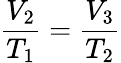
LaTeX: {\frac{V_{2}}{T_{1}}}={\frac{V_{3}}{T_{2}}}